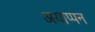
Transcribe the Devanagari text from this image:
अयाप्पन